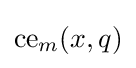
{\text{ce}}_{m}(x,q)